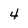
Character: 4